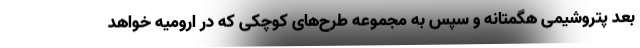
بعد پتروشیمی هگمتانه و سپس به مجموعه طرح‌های کوچکی که در ارومیه خواهد